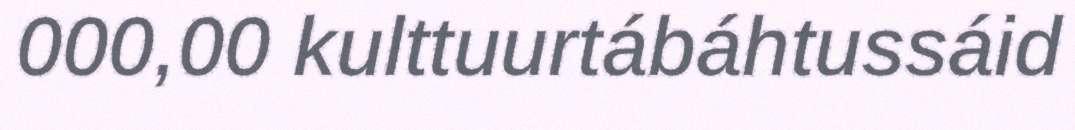
000,00 kulttuurtábáhtussáid